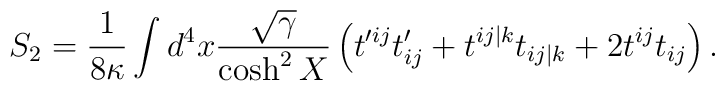
S_{2} =  \frac{1}{8\kappa}\int d^4 x \frac{\sqrt{\gamma}}{\cosh^2 X}  \left(t'^{ij}t'_{ij} + t^{ij\vert k}t_{ij\vert k} + 2 t^{ij}t_{ij} \right).